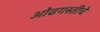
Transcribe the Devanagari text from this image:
ओढगस्तीचे